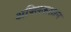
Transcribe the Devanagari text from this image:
अक्लिऊशान